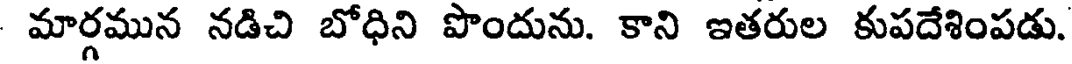
మార్గమున నడిచి బోధిని పొందును. కాని ఇతరుల కుపదేశింపడు.